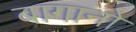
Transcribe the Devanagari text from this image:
बागानो